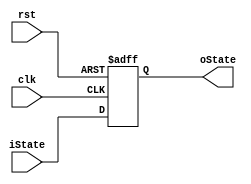
module Dtrigger(
    input clk,
    input rst,
    input [2:0] iState,
    output [2:0] oState
    );
    
    reg [2:0] oState;

    initial begin
        oState = 3'b000;
    end

    always @(negedge clk or posedge rst) begin
        if (rst) begin
            oState = 3'b000;
        end
        else begin
            oState = iState;
        end
    end

endmodule